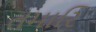
તમારિ